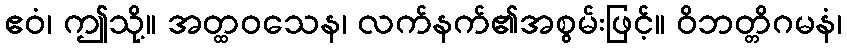
ဧဝံ၊ ဤသို့။ အတ္ထဝသေန၊ လက်နက်၏အစွမ်းဖြင့်။ ဝိဘတ္တိဂမနံ၊